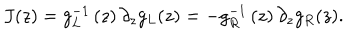
LaTeX: J ( z ) = g _ { L } ^ { - 1 } \left( z \right) \partial _ { z } g _ { L } ( z ) = - g _ { R } ^ { - 1 } \left( z \right) \partial _ { z } g _ { R } ( z ) .